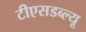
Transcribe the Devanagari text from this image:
टीएसडब्ल्यू